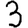
Digit: 3